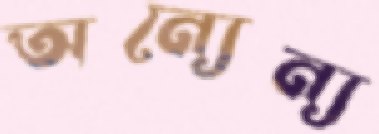
অন্যেন্য